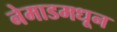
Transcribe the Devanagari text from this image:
नेमाडमधून